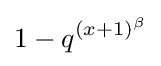
1-q^{(x+1)^{\beta }}